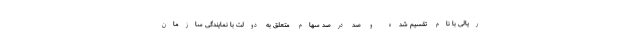
ریالی با نام تقسیم شده و صد درصد سهام متعلق به دولت با نمایندگی سازمان